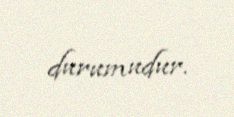
durumudur.